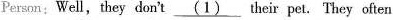
Person:Well, they don't \underline{(1)} their pet. They often